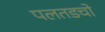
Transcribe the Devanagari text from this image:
पलतडचो